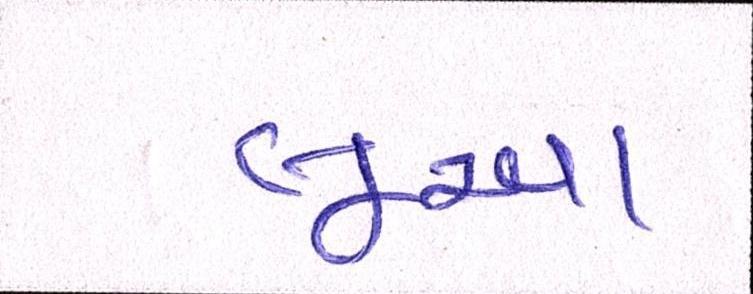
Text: લૂઆ